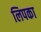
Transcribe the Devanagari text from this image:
लिपका